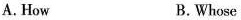
A. How B. Whose